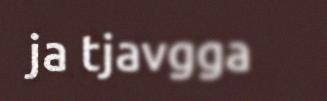
ja tjavgga